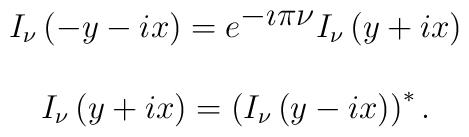
\begin{array}{c}   I_\nu\left( -y - i x\right)=  e^{\displaystyle{-\imath\pi\nu}}  I_\nu\left( y +  i x\right) \\ \\  I_\nu\left( y +  i x\right)=   \left( I_\nu\left( y -  i x\right) \right)^*.\end{array}